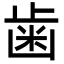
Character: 歯